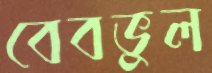
বেবভুল